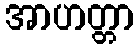
အာဟတ္တာ